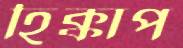
হিক্কাপ